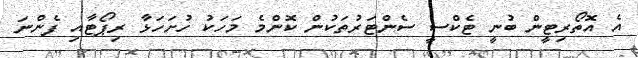
އެ އޮތޯރިޓީން ބުނީ ޓެކްސީ ސެންޓަރުތަކުން ކޮންމެ މަހަކު ހުށަހަޅާ ރިޕޯޓާއި ފެންނަ